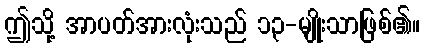
ဤသို့ အာပတ်အားလုံးသည် ၁၃-မျိုးသာဖြစ်၏။